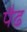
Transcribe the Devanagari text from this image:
पैढ